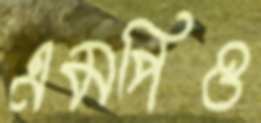
এমপিও